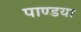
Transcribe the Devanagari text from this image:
पाण्डया